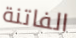
الفاتنة